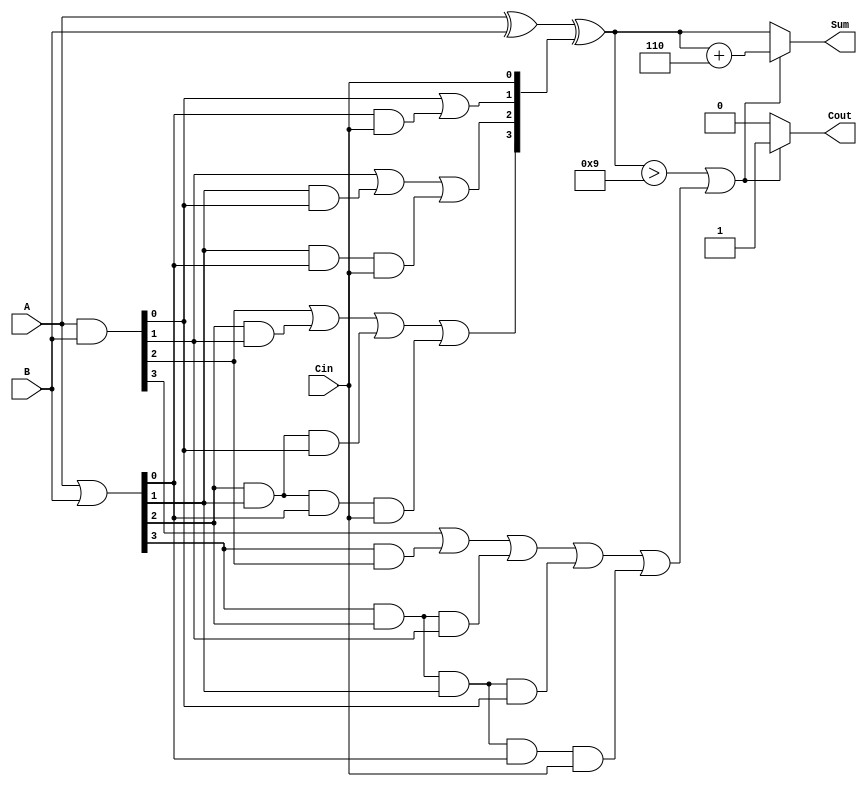
module BCD_Carry_Lookahead_Adder (
    input  [3:0] A,      // First BCD digit
    input  [3:0] B,      // Second BCD digit
    input        Cin,     // Carry-in
    output reg [3:0] Sum, // BCD sum output
    output reg Cout       // Carry-out
);

    wire [3:0] G; // Generate signals
    wire [3:0] P; // Propagate signals
    wire [4:0] C; // Carry signals

    // Generate and Propagate calculations
    assign G = A & B;          // G[i] = A[i] AND B[i]
    assign P = A | B;          // P[i] = A[i] OR B[i]

    // Carry signal calculations
    assign C[0] = Cin;         // C[0] = Cin
    assign C[1] = G[0] | (P[0] & C[0]);
    assign C[2] = G[1] | (P[1] & G[0]) | (P[1] & P[0] & C[0]);
    assign C[3] = G[2] | (P[2] & G[1]) | (P[2] & P[1] & G[0]) | (P[2] & P[1] & P[0] & C[0]);
    assign C[4] = G[3] | (P[3] & G[2]) | (P[3] & P[2] & G[1]) | (P[3] & P[2] & P[1] & G[0]) | (P[3] & P[2] & P[1] & P[0] & C[0]);

    // Raw sum calculation
    wire [3:0] raw_sum;
    assign raw_sum = A ^ B ^ C[3:0]; // Sum[i] = A[i] XOR B[i] XOR C[i]

    // BCD correction logic
    always @(*) begin
        if (raw_sum > 4'd9 || C[4]) begin
            Sum = raw_sum + 4'd6; // Apply BCD correction
            Cout = 1'b1;          // Set carry-out
        end else begin
            Sum = raw_sum;        // No correction needed
            Cout = 1'b0;          // No carry-out
        end
    end

endmodule